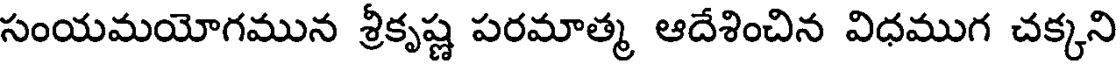
సంయమయోగమున శ్రీకృష్ణ పరమాత్మ ఆదేశించిన విధముగ చక్కని